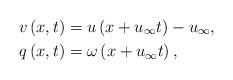
LaTeX: \begin{align*}v\left( x,t \right) &=u\left( x+u_{\infty}t \right) -u_{\infty},\\q\left( x,t \right) &=\omega \left( x+u_{\infty}t \right) ,\end{align*}